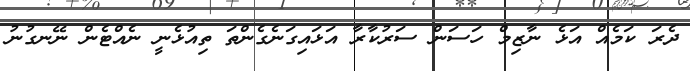
ދެރަ ކަމެއް އަޅެ ނާޒިމް ހަސަން ސަރުކާރާ އަޅައިގަނެގެންތަ ތިއުޅެނީ ނެއްޓެން ނޭނގުނު